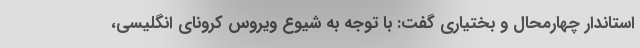
استاندار چهارمحال و بختیاری گفت: با توجه به شیوع ویروس کرونای انگلیسی،